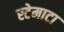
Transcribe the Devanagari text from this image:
स्टेमाटा